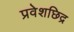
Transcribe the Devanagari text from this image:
प्रवेशछिद्र